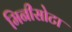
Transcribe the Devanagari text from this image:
मिनीसोटा